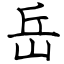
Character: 岳